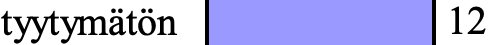
tyytymätön    12